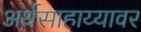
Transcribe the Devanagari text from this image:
अर्थसाहाय्यावर